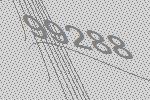
99288